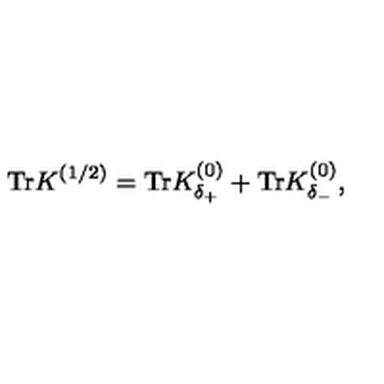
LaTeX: \mathrm { T r } K ^ { ( 1 / 2 ) } = \mathrm { T r } K _ { \delta _ { + } } ^ { ( 0 ) } + \mathrm { T r } K _ { \delta _ { - } } ^ { ( 0 ) } ,